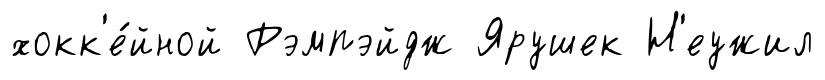
хокк'е́йной Рэмпэйдж Ярушек Н'еужил